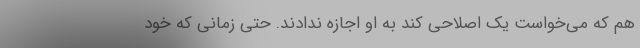
هم که می‌خواست یک اصلاحی کند به او اجازه ندادند. حتی زمانی که خود